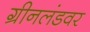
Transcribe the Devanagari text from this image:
ग्रीनलंडवर